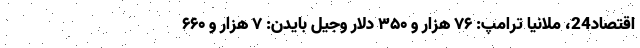
اقتصاد24، ملانیا ترامپ: ۷۶ هزار و ۳۵۰ دلار وجیل بایدن: ۷ هزار و ۶۶۰